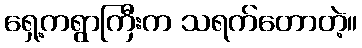
ရှေ့ကရွာကြီးက သရက်တောတဲ့။